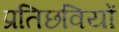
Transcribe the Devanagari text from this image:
प्रतिछवियों